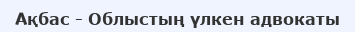
Ақбас - Облыстың үлкен адвокаты